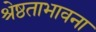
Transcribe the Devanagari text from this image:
श्रेष्ठताभावना